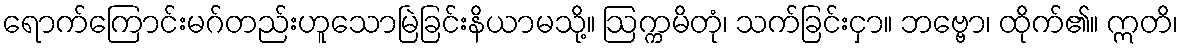
ရောက်ကြောင်းမဂ်တည်းဟူသောမြဲခြင်းနိယာမသို့။ ဩက္ကမိတုံ၊ သက်ခြင်းငှာ။ ဘဗ္ဗော၊ ထိုက်၏။ ဣတိ၊